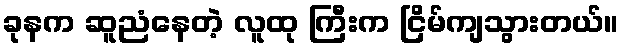
ခုနက ဆူညံနေတဲ့ လူထု ကြီးက ငြိမ်ကျသွားတယ်။